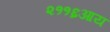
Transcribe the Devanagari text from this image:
२११६आय